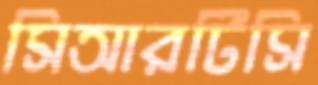
সিআরটিসি